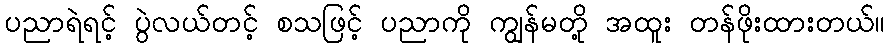
ပညာရဲရင့် ပွဲလယ်တင့် စသဖြင့် ပညာကို ကျွန်မတို့ အထူး တန်ဖိုးထားတယ်။